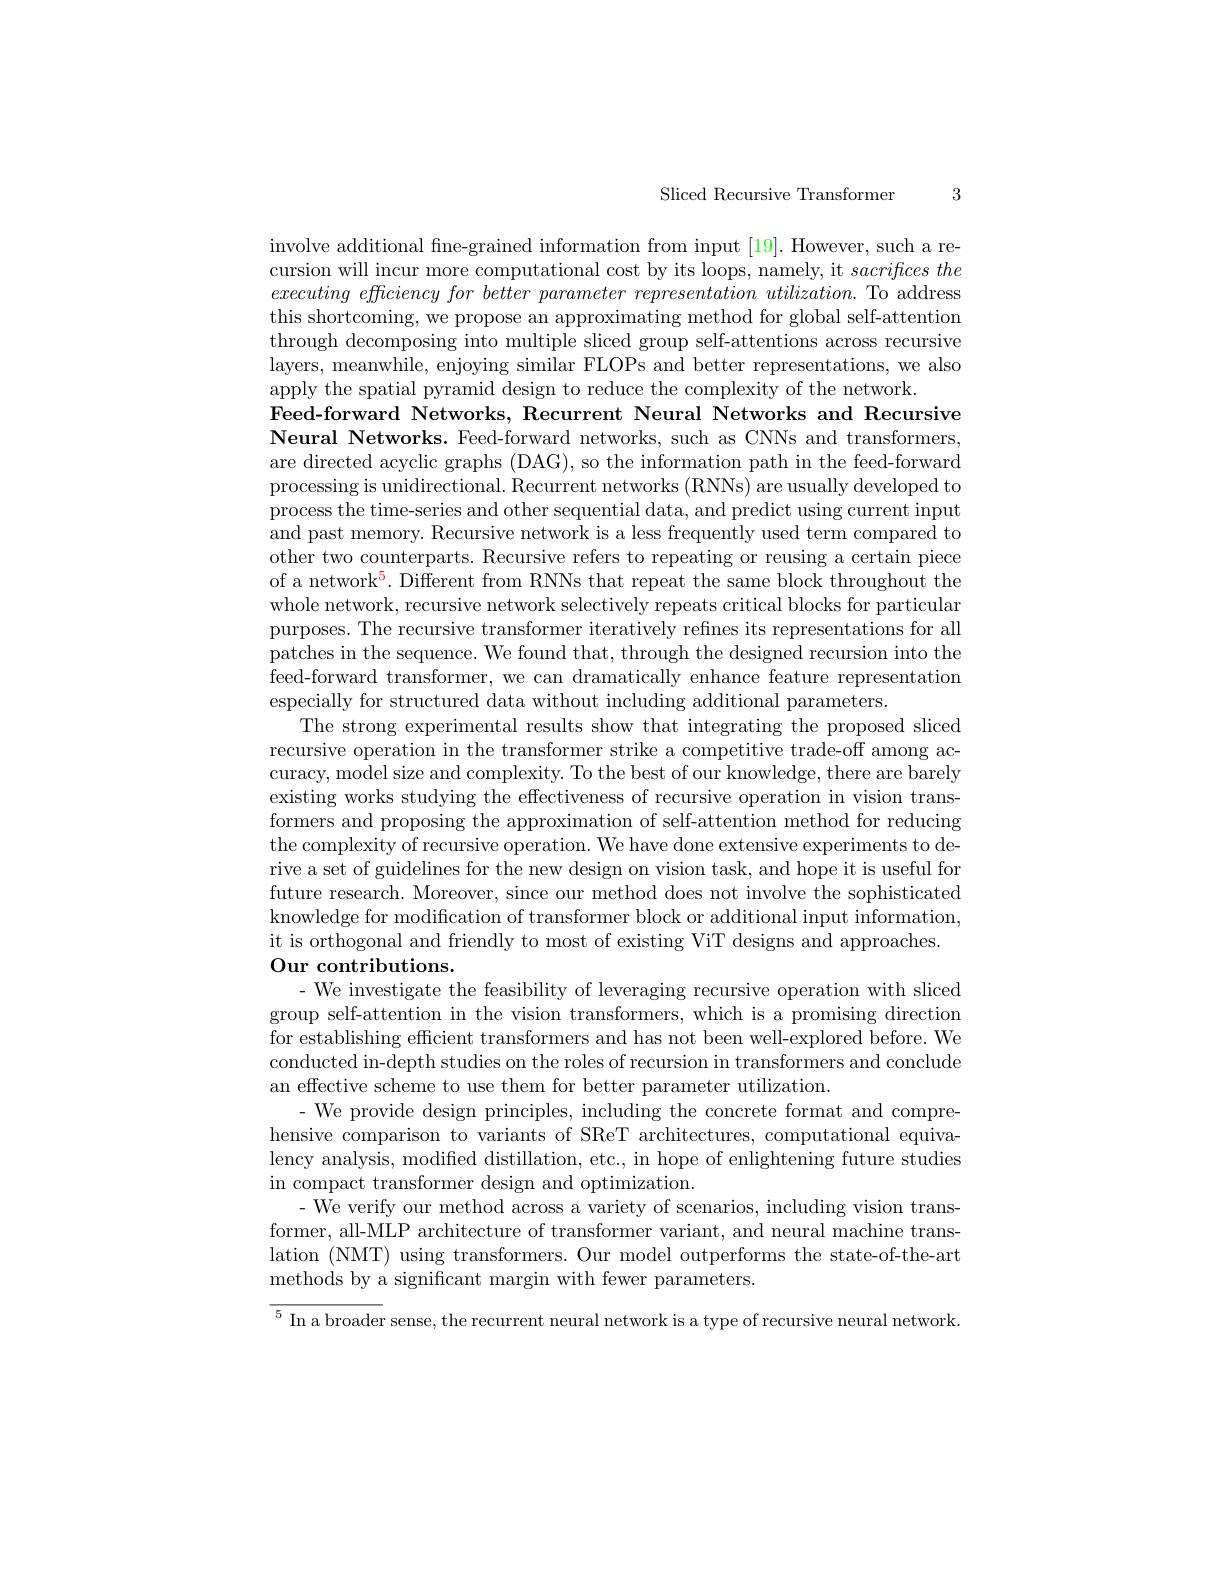
3

Sliced Recursive Transformer

involve additional fine-grained information from input [19]. However, such a recursion will incur more computational cost by its loops, namely, it $sacrifices\textit{the}$ executing efficiency for better parameter representation utilization. To address this shortcoming, we propose an approximating method for global self-attention through decomposing into multiple sliced group self-attentions across recursive layers, meanwhile, enjoying similar FLOPs and better representations, we also apply the spatial pyramid design to reduce the complexity of the network.
Feed-forward Networks, Recurrent Neural Networks and Recursive Neural Networks. Feed-forward networks, such as CNNs and transformers, are directed acyclic graphs (DAG), so the information path in the feed-forward processing is unidirectional. Recurrent networks (RNNs) are usually developed to process the time-series and other sequential data, and predict using current input and past memory. Recursive network is a less frequently used term compared to other two counterparts. Recursive refers to repeating or reusing a certain piece of a network$^5.$ Different from RNNs that repeat the same block throughout the whole network, recursive network selectively repeats critical blocks for particular purposes. The recursive transformer iteratively refnes its representations for all patches in the sequence. We found that, through the designed recursion into the feed-forward transformer, we can dramatically enhance feature representation especially for structured data without including additional parameters.
The strong experimental results show that integrating the proposed sliced recursive operation in the transformer strike a competitive trade-off among accuracy, model size and complexity. To the best of our knowledge, there are barely existing works studying the effectiveness of recursive operation in vision transformers and proposing the approximation of self-attention method for reducing the complexity of recursive operation. We have done extensive experiments to derive a set of guidelines for the new design on vision task, and hope it is useful for future research. Moreover, since our method does not involve the sophisticated knowledge for modifcation of transformer block or additional input information, it is orthogonal and friendly to most of existing ViT designs and approaches
$\textbf{Our contributions. }$

- We investigate the feasibility of leveraging recursive operation with sliced group self-attention in the vision transformers, which is a promising direction for establishing efficient transformers and has not been well-explored before. We conducted in-depth studies on the roles of recursion in transformers and conclude an effective scheme to use them for better parameter utilization.
- We provide design principles, including the concrete format and comprehensive comparison to variants of SReT architectures, computational equivalency analysis, modified distillation, etc., in hope of enlightening future studies in compact transformer design and optimization.
- We verify our method across a variety of scenarios, including vision transformer, all-MLP architecture of transformer variant, and neural machine translation (NMT) using transformers. Our model outperforms the state-of-the-art methods by a significant margin with fewer parameters.
$^5$ In a broader sense, the recurrent neural network is a type of recursive neural network.